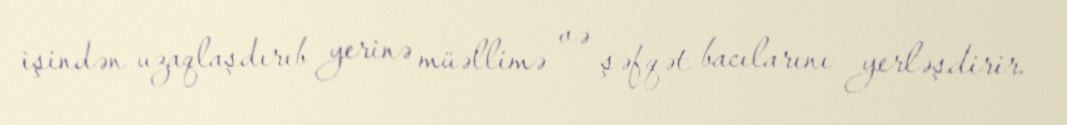
işindən uzaqlaşdırıb yerinə müəllimə və şəfqət bacılarını yerləşdirir.